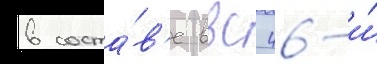
в соста́в'е ввс 46-и́